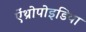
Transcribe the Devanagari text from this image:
ऐंथ्रोपोइडिया